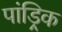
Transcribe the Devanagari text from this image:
पांड्रिक